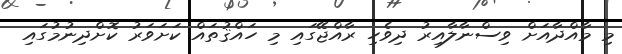
މި މާއްދާއަށް ވިސްނާލާއިރު ދިވެހި ރާއްޖޭގައި މި ހައްޤުތައް ކަށަވަރު ކޮށްދިނުމުގައި